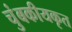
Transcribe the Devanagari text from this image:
चुंबकीयकृत